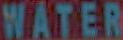
WATER